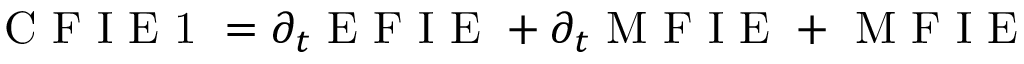
\mathrm { ~ C ~ F ~ I ~ E ~ 1 ~ } = \partial _ { t } \mathrm { ~ E ~ F ~ I ~ E ~ } + \partial _ { t } \mathrm { ~ M ~ F ~ I ~ E ~ } + \mathrm { ~ M ~ F ~ I ~ E ~ }